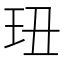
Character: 㺲